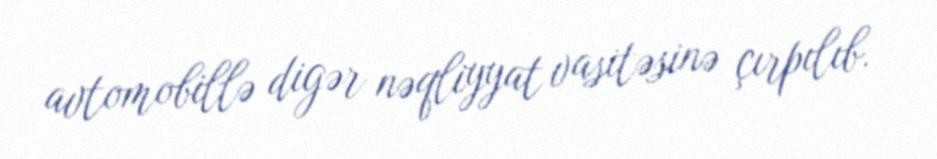
avtomobillə digər nəqliyyat vasitəsinə çırpılıb.